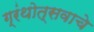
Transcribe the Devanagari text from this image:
ग्रंथोत्सवाचे